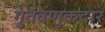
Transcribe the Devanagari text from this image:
गुंतवणुकदार